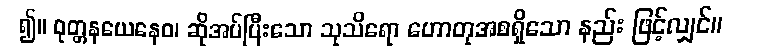
၍။ ဝုတ္တနယေနေဝ၊ ဆိုအပ်ပြီးသော သုသိရော ဟောတုအစရှိသော နည်း ဖြင့်လျှင်။